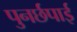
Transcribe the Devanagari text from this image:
पुनर्छपाई